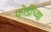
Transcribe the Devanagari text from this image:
फोडींच्या